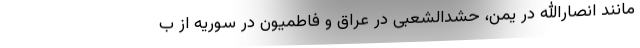
مانند انصارالله در یمن، حشدالشعبی در عراق و فاطمیون در سوریه از ب